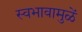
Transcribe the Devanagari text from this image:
स्वभावामुळें